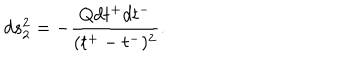
d s _ { 2 } ^ { 2 } = - \frac { Q d t ^ { + } d t ^ { - } } { ( t ^ { + } - t ^ { - } ) ^ { 2 } } .